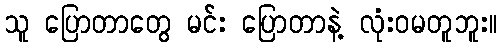
သူ ပြောတာတွေ မင်း ပြောတာနဲ့ လုံးဝမတူဘူး။